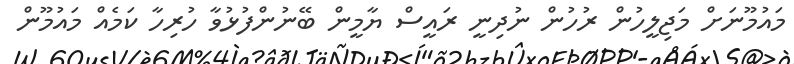
މައުމޫނަށް މަޖިލީހުން ރުހުން ނުދިނީ ރައީސް ޔާމީން ބޭނުންފުޅުވާ ހުރިހާ ކަމެއް މައުމޫން